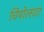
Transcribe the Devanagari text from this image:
चिपोलाटा